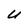
Character: U